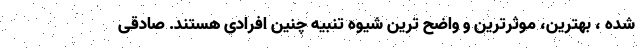
شده ، بهترین، موثرترین و واضح ترین شیوه تنبیه چنین افرادی هستند. صادقی